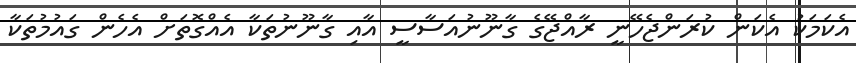
އެކަމަކު އެކަން ކުރަންޖެހޭނީ ރާއްޖޭގެ ގާނޫނުއަސާސީ އާއި ގާނޫނުތަކާ އެއްގޮތަށް އެހެން ގައުމުތަކާ